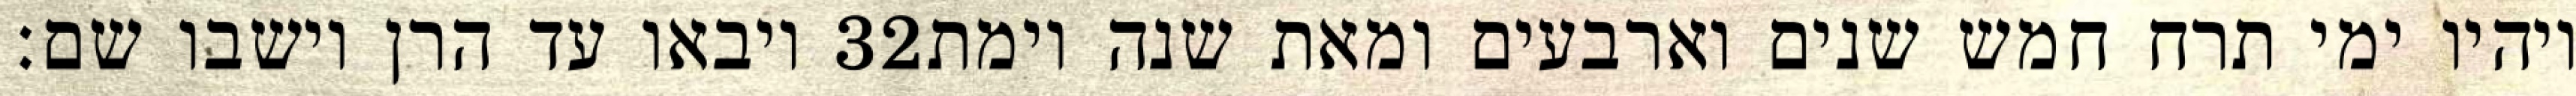
ויבאו עד הרן וישבו שם׃ ‎32‏ ויהיו ימי תרח חמש שנים וארבעים ומאת שנה וימת